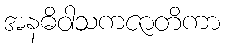
အနဓိဝါသကဇာတိကာ